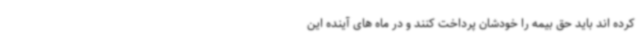
کرده اند باید حق بیمه را خودشان پرداخت کنند و در ماه های آینده این